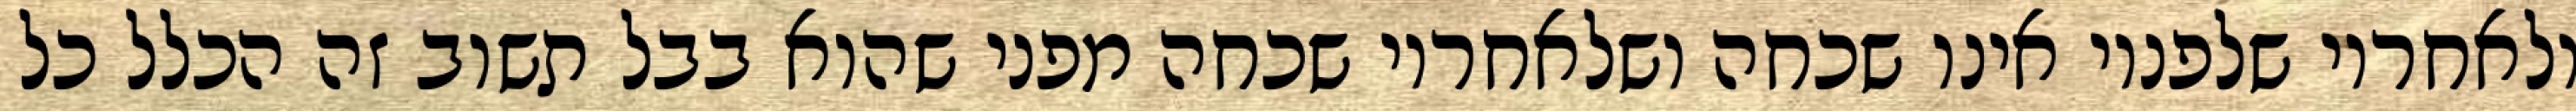
ולאחריו שלפניו אינו שכחה ושלאחריו שכחה מפני שהוא בבל תשוב זה הכלל כל